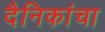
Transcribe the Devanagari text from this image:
दैनिकांचा